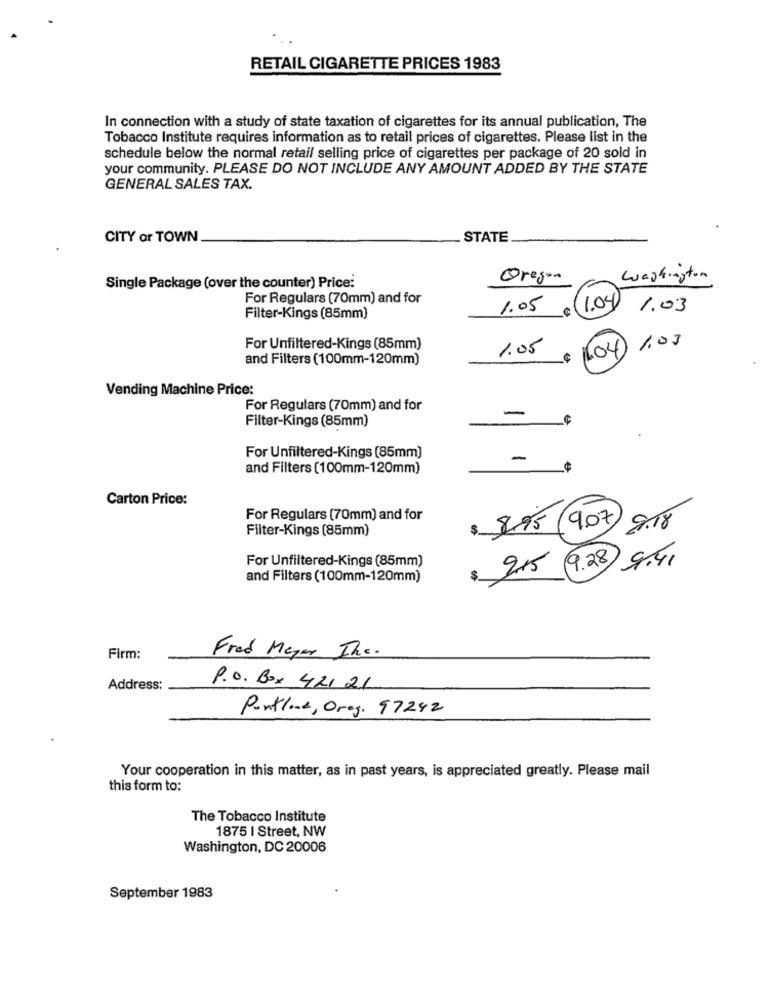
RETAIL CIGARETTE PRICES 1983
In connection with a study of state taxation of cigarettes for its annual publication, The
Tobacco Institute requires information as to retail prices of cigarettes. Please list in the
schedule below the normal retail selling price of cigarettes per package of 20 sold in
your community. PLEASE DO NOT INCLUDE ANY AMOUNT ADDED BY THE STATE
GENERAL SALES TAX.
CITY or TOWN
STATE
Oregon
washington
Single Package (over the counter) Price:
For Regulars (70mm) and for
1.04
1.05
1.03
Filter-Kings (85mm)
1.03
For Unfiltered-Kings (85mm)
1.05
1.04)
and Filters (100mm-120mm)
Vending Machine Price:
For Regulars (70mm) and for
Filter-Kings (85mm)
-
For Unfiltered-Kings (85mm]
-
and Filters (100mm-120mm)
Carton Price:
For Regulars (70mm) and for
Filter-Kings (85mm)
$
895 /907)
9.18
For Unfiltered-Kings (85mm)
215 9.28) 9.41
and Filters (100mm-120mm)
$
Firm:
Fred Meyer Inc.
Address:
P.O. Box 421 21
Portland, Orag. 97242
Your cooperation in this matter, as in past years, is appreciated greatly. Please mail
this form to:
The Tobacco Institute
1875 | Street, NW
Washington, DC 20006
September 1983